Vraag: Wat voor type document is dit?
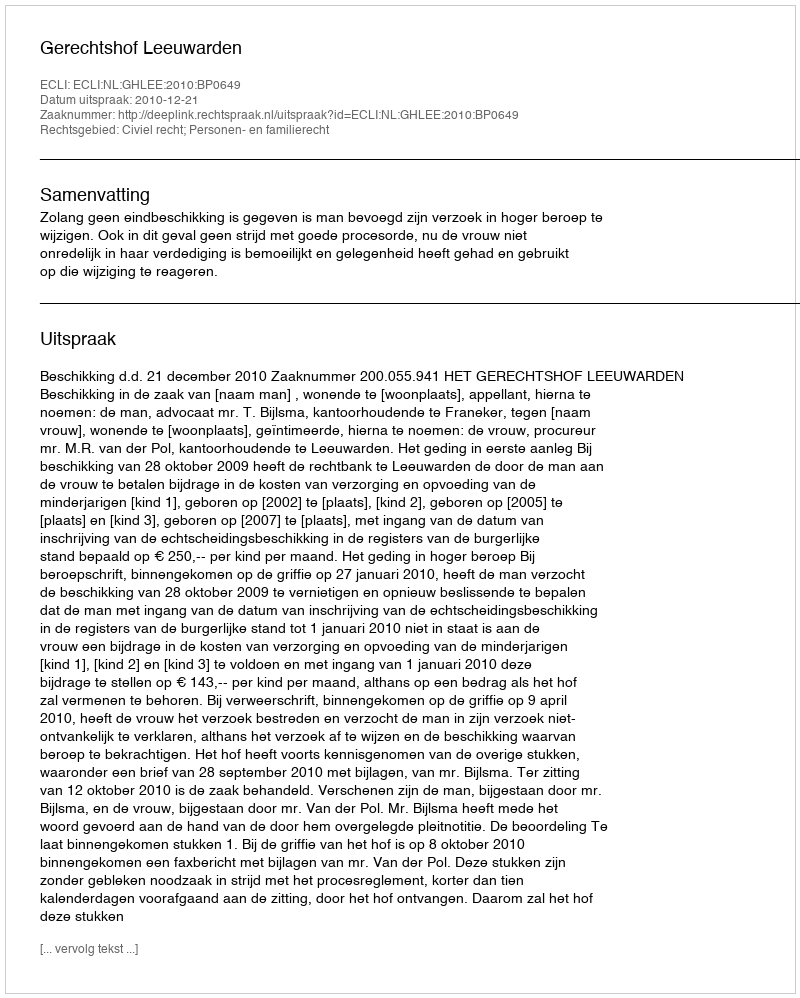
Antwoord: Uitspraak